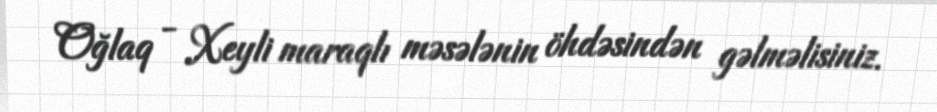
Oğlaq - Xeyli maraqlı məsələnin öhdəsindən gəlməlisiniz.